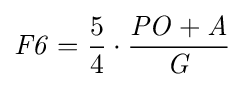
{\mathit {F6}}={5 \over 4}\cdot {{\mathit {PO}}+{\mathit {A}} \over {\mathit {G}}}